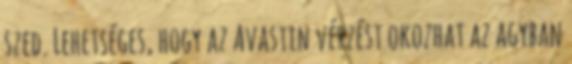
szed. Lehetséges, hogy az Avastin vérzést okozhat az agyban